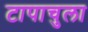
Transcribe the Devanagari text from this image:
टापाचुला